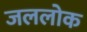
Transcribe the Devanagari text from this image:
जललोक